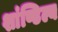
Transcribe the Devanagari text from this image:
शांण्डिल्य